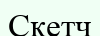
Скетч